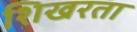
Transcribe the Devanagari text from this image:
शिखरता